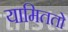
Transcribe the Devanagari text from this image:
यामिततो